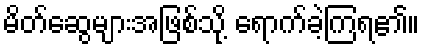
မိတ်ဆွေများအဖြစ်သို့ ရောက်ခဲ့ကြရ၏။